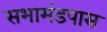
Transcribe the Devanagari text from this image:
सभामंडपास